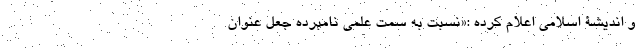
و اندیشۀ اسلامی اعلام کرده :«نسبت به سِمَت علمی نامبرده جعل عنوان